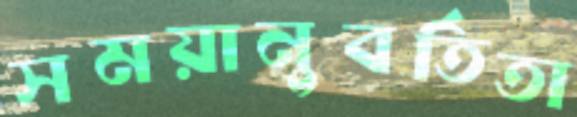
সময়ানুবর্তিতা